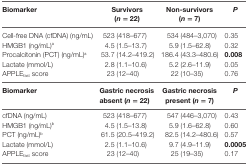
| Biomarker | Survivors (n = 22) | Non-survivors (n = 7) | P |
 | --- | --- | --- | --- |
 | Cell-free DNA (cfDNA) (ng/mL) | 523 (418–677) | 534 (484–3,070) | 0.35 |
 | HMGB1 (ng/mL)a | 4.5 (1.5–13.7) | 5.9 (1.5–62.8) | 0.32 |
 | Procalcitonin (PCT) (ng/mL)a | 53.7 (14.2–419.2) | 186.4 (43.3–480.6) | 0.008 |
 | Lactate (mmol/L) | 2.8 (1.1–10.6) | 5.2 (2.6–11.9) | 0.05 |
 | APPLEfast score | 23 (12–40) | 22 (10–35) | 0.76 |
 | Biomarker | Gastric necrosis absent (n = 22) | Gastric necrosis present (n = 7) | P |
 | cfDNA (ng/mL) | 523 (418–677) | 547 (446–3,070) | 0.43 |
 | HMGB1 (ng/mL)b | 4.5 (1.5–13.8) | 5.9 (1.6–62.8) | 0.60 |
 | PCT (ng/mL)b | 61.5 (20.5–419.2) | 82.5 (14.2–480.6) | 0.57 |
 | Lactate (mmol/L) | 2.5 (1.1–10.6) | 9.7 (4.9–11.9) | 0.0005 |
 | APPLEfast score | 23 (12–40) | 25 (19–35) | 0.17 |